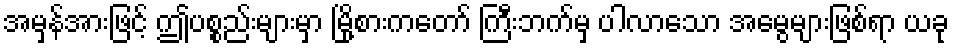
အမှန်အားဖြင့် ဤပစ္စည်းများမှာ မြို့စားကတော် ကြီးဘက်မှ ပါလာသော အမွေများဖြစ်ရာ ယခု